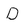
Character: D